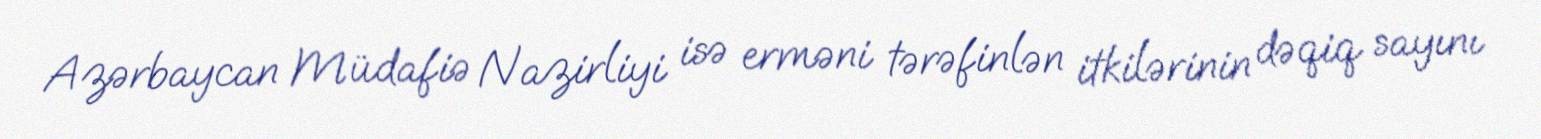
Azərbaycan Müdafiə Nazirliyi isə erməni tərəfinlən itkilərinin dəqiq sayını